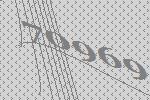
70969